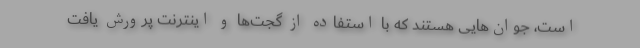
است، جوان‌هایی هستند که با استفاده از گجت‌ها و اینترنت پرورش یافت